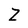
Character: Z